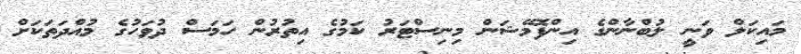
މައިކަލް ވަނީ ލުބްނާންގެ އިންފޮމޭޝަން މިނިސްޓަރު ކަމުގެ އިތުރުން ހަމަސް ދުވަހުގެ މުއްދަތަކަށް